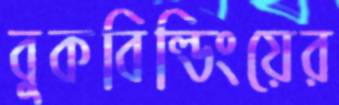
বুকবিল্ডিংয়ের